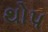
થોપ